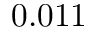
0 . 0 1 1